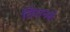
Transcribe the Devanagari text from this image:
तिरानबे